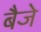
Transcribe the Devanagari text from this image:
बैजे